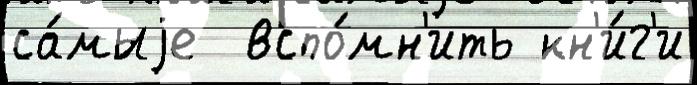
са́мыjе  вспо́мн'ить кн'и́г'и